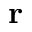
\mathbf { r }